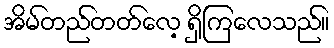
အိမ်တည်တတ်လေ့ ရှိကြလေသည်။